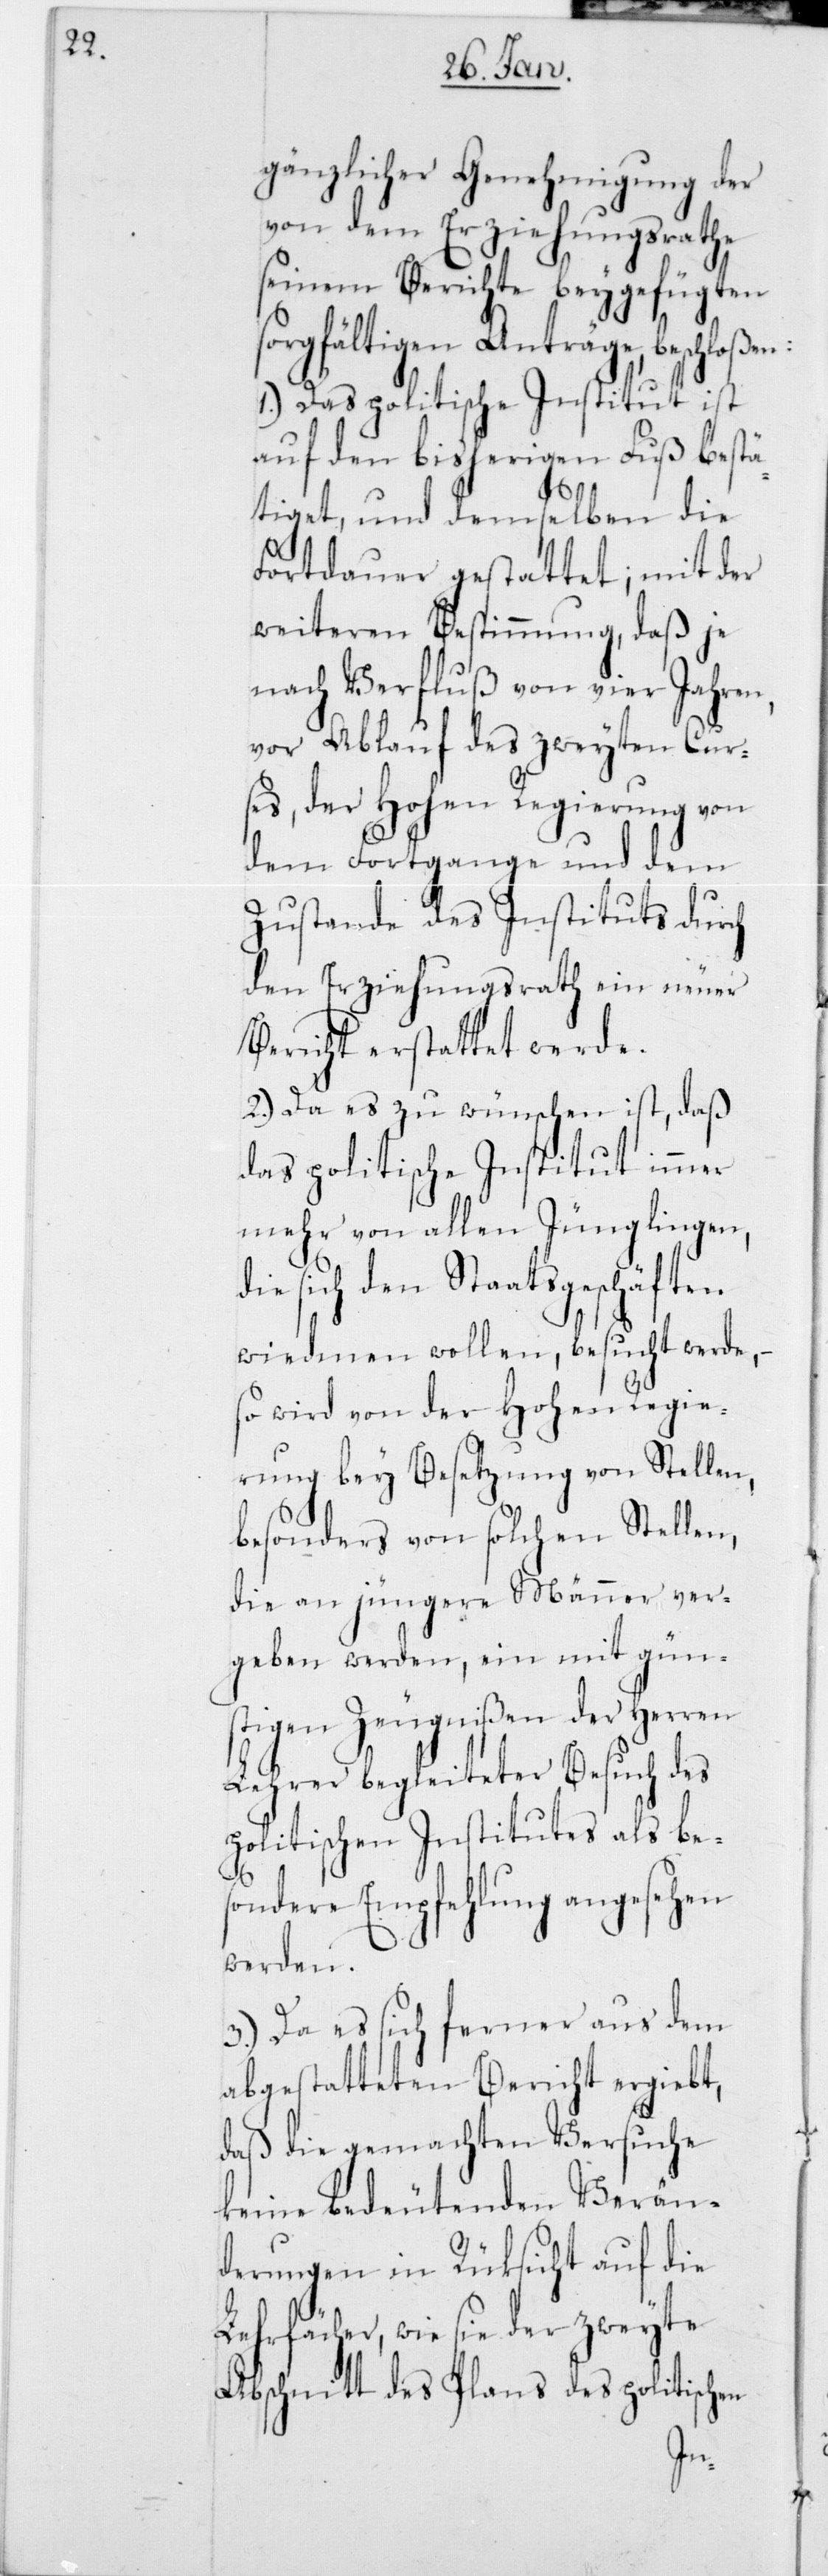
gänzlicher Genehmigung der
von dem Erziehungsrathe
seinem Berichte beygefügten
sorgfältigen Anträge, beschloßen:
1.) Das politische Institut ist
auf den bisherigen Fuß bestä¬
tiget, und demselben die
Fortdauer gestattet; mit der
weiteren Bestimmung, daß je
nach Verfluß von vier Jahren,
vor Ablauf des zweyten Cur¬
ses, der Hohen Regierung von
dem Fortgange und dem
Zustande des Instituts durch
den Erziehungsrath ein neuer
Bericht erstattet werde.
2.) Da es zu wünschen ist, daß
das politische Institut
mehr von allen Jünglingen,
die sich den Staatsgeschäften
werde,
widmen wollen, besucht
so wird von der Hohen Regie¬
rung bey Besetzung von Stellen,
besonders von solchen Stellen,
die an jüngere Männer ver¬
geben werden, ein mit güns¬
tigen Zeugnißen der Herren
Lehrer begleiteter Besuch des
politischen Institutes als be¬
sondere Empfehlung angesehen
werden.
3.) Da es sich ferner aus dem
abgestatteten Bericht ergibt,
daß die gemachten Versuche
keine bedeutenden Verän¬
derungen in Rücksicht auf die
Lehrfächer, wie sie der zweyte
Abschnitt des Plans des politischen